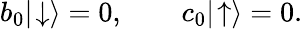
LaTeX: b_{0}|\! \downarrow\rangle=0,\qquad c_{0}|\! \uparrow\rangle=0.